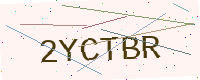
Text: 2YCTBR